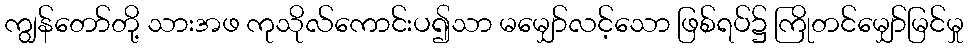
ကျွန်တော်တို့ သားအဖ ကုသိုလ်ကောင်းပ၍သာ မမျှော်လင့်သော ဖြစ်ရပ်၌ ကြိုတင်မျှော်မြင်မှု